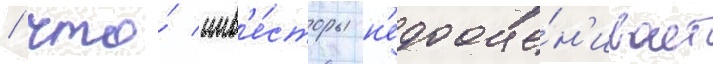
/ что́ инв'е́сторы н'едооце́н'ивает